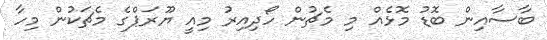
ބާސާއިން ބޮޑު މޮޅެއް މި މެޗުން ހޯދިއިރު މިއީ ޔޫރަޕްގެ މެޗަކުން މިހާ